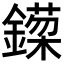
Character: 𬬈